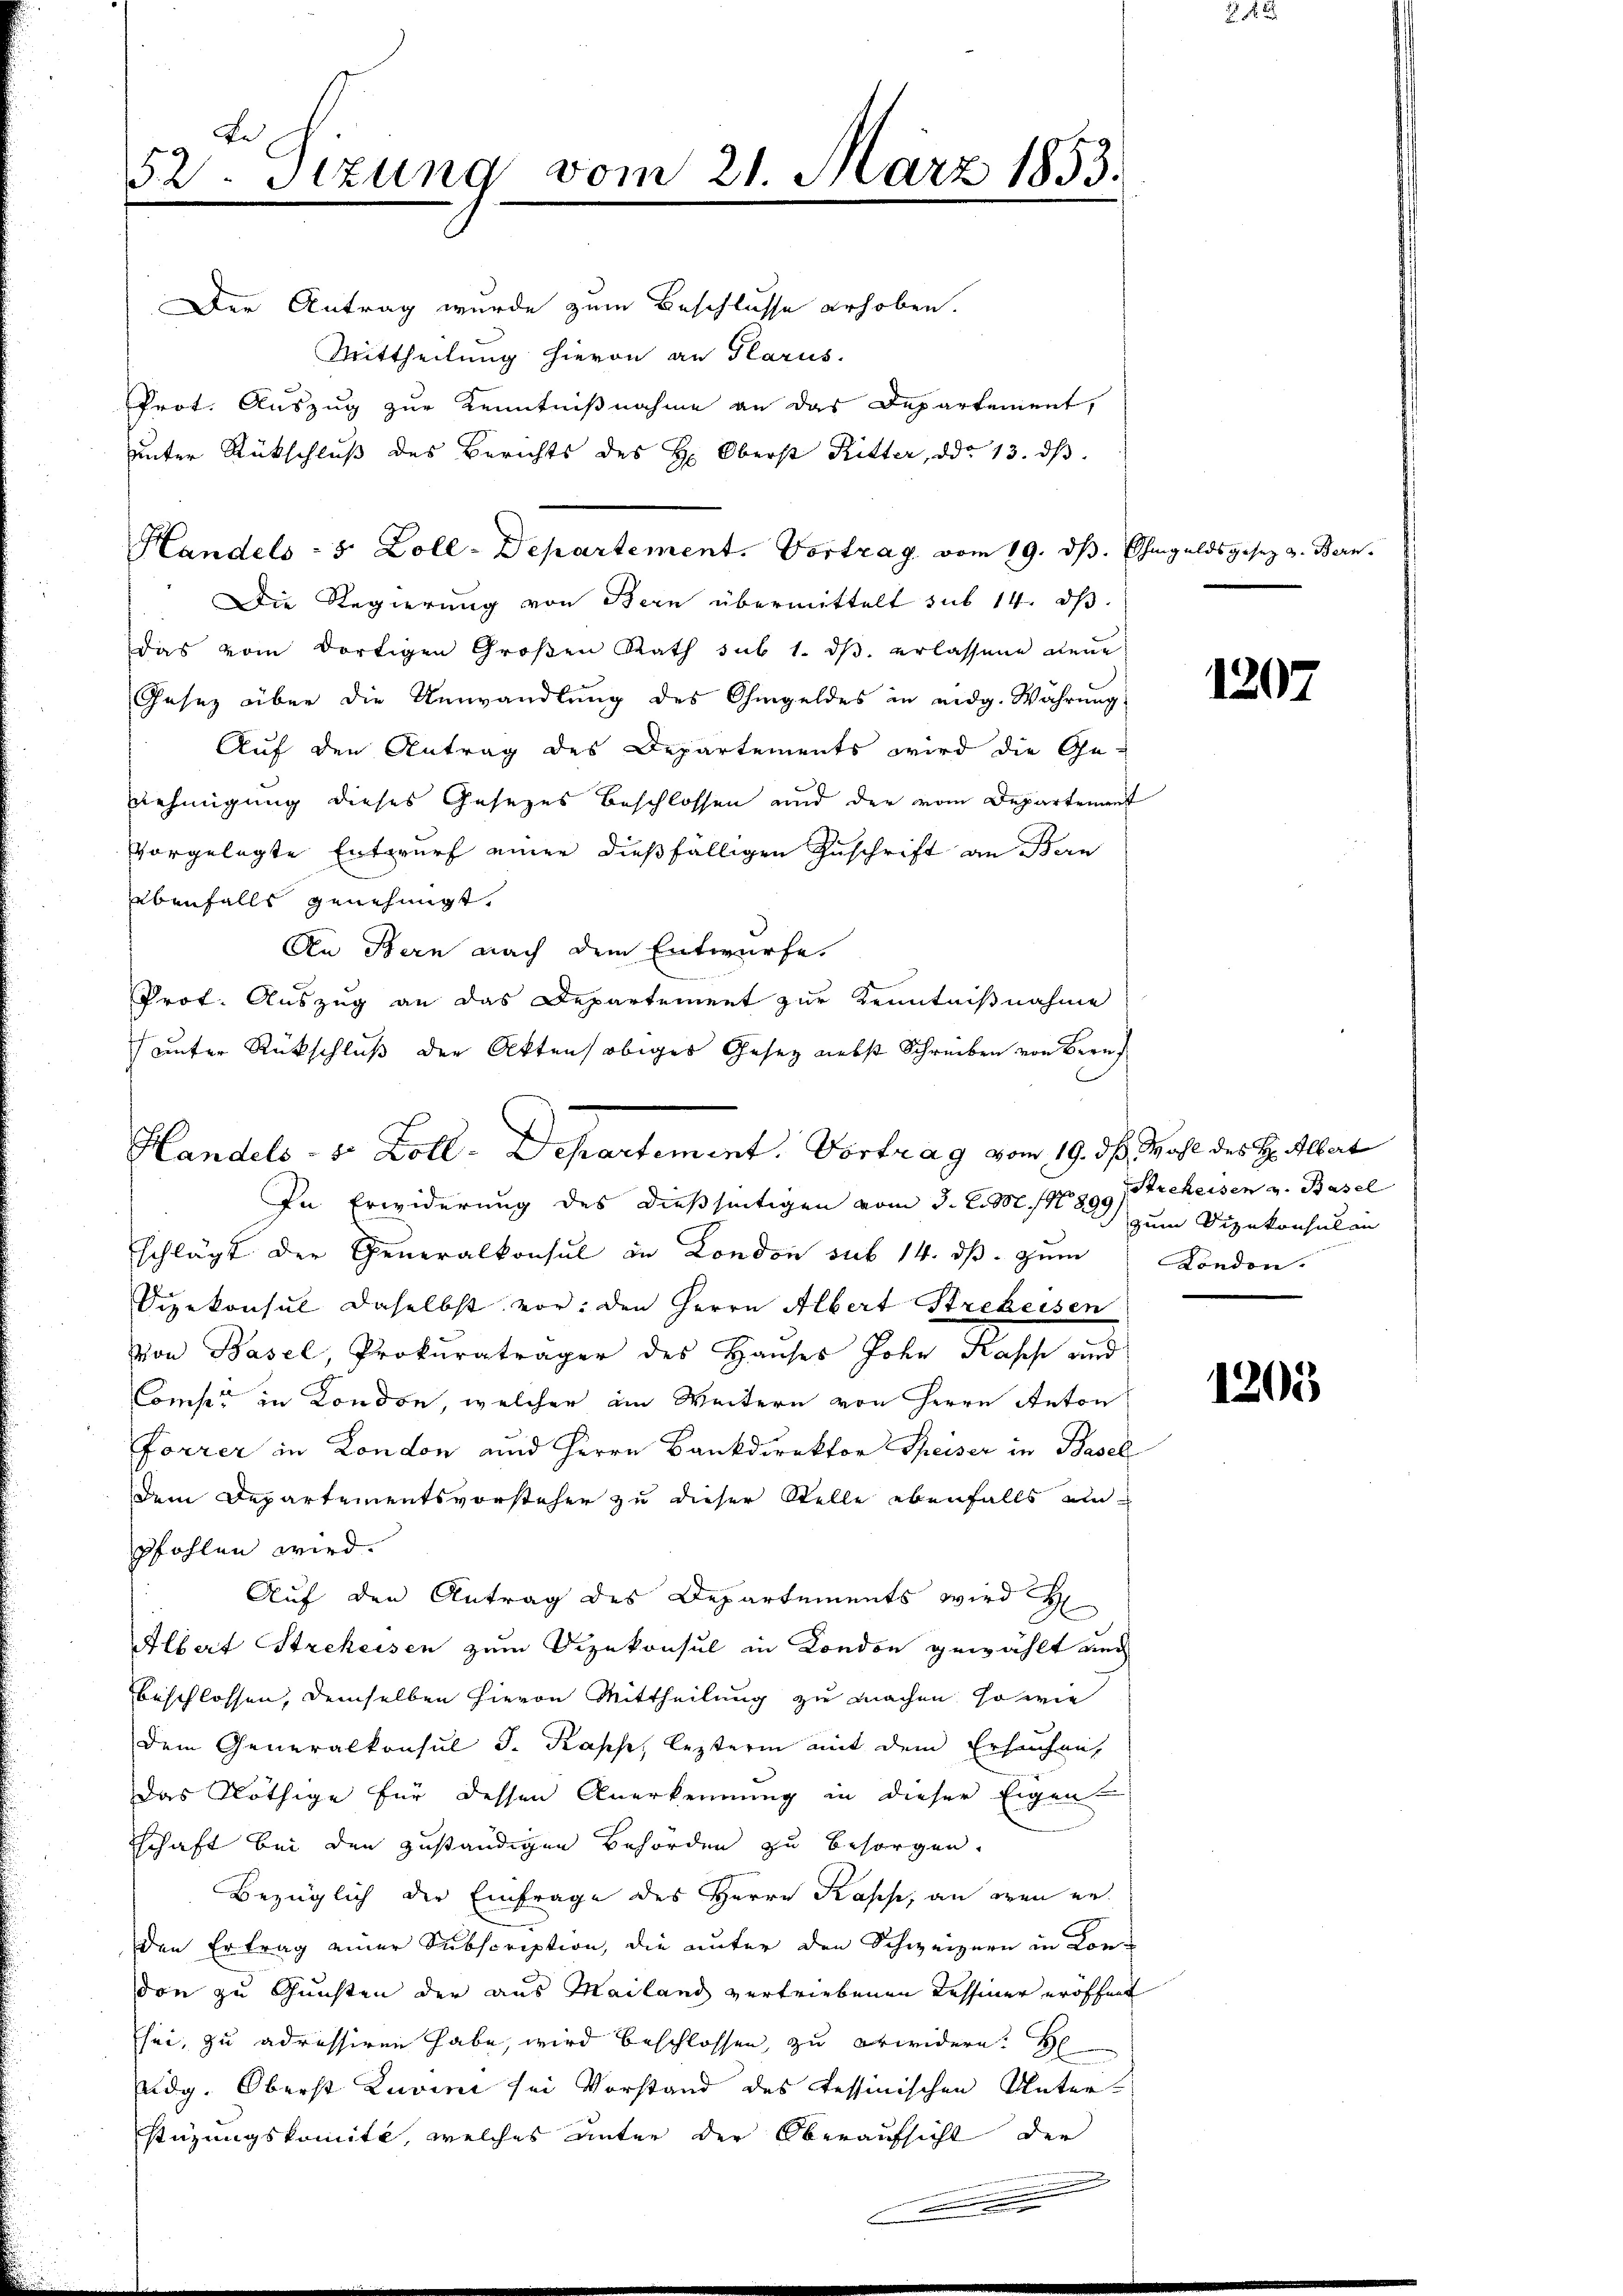
52. Sizung vom 21. März 1853.

Der Antrag wurde zum Beschlusse erhoben.
Mittheilung hievon an Glarus.
Prot. Auszug zur Kenntnißnahme an das Departement,
uunter Rückschluß des Berichts des H: Oberst Ritter, ddo 13. dβ
Handels - 5 Zoll-Departement. Vortrag vom 19. dβ. Ohmgeldsgesez z. Bern.
Die Regierung von Bern übermittelt sub 14. ds
das vom dortigen Groβen Rath sub 1. dβ. erlassene neue
Gesetz über die Umwandlung des Ohmgeldes in eidg. Währung
Auf den Antrag des Departements wird die Ge-
nehmigung dieses Gesezes beschlossen und der vom Departement
vorgelegte Entwurf einer dießfälligen Zuschrift an Bern
Übenfalls genehmigt.
An Bern nach dem Entwurfe.
Prof. Auszug an das Departement zur Kenntnißnahme
unter Rückschluß der Akten obiges Gesetz nebst Schreiben von Beruf

Handels- u. Zoll-Departement. Vortrag vom 19. ds. Wahl des Hr. Albert

In Erwiderung des dießseitigen vom 3. J. M. No 899. Strekeisen v. Basel
schlägt der Generalkonsul in London sub 14. dβ zŭm Kondon.
Sizekonsul daselbst vor, den Herrn Albert Strekeisen
von Basel, Prokuraträger des Hauses Johe Kapp und
Comp. in Kondon, welcher im Weitern von Herrn Anton
Forrer in London und Herrn Bankdirektor Speiser in Basel
Dem Departementsvorsteher zu dieser Stelle ebenfalls ein
pfohlen wird.
Auf den Antrag des Departements wird H
Albert Strekeisen zum Vizekonsul in Condon gewählt auch
beschlossen, demselben hievon Mittheilung zu machen, so wie
dem Generalkonsul d. Kasche, lezterm mit dem Ersuchens
Das Nöthige für dessen Anerkennung in dieser Eigen
schaft bei den zuständigen Behörden zu besorgen.
Bezüglich der Einfrage des Herrn Kasse, an den erden Ertrag einer Subscription, die unter den Schweizern in Kon-
don zu Gunsten der aus Mailand vertriebenen Tessiner eröffnet
sei, zu adressiren habe, wird beschlossen, zu erwidern. H
Eidg. Oberst Zuvini sei Vorstand des Tessinischen Unter-
stüzungskomite, welches unter der Oberaufsicht der
.

1207

zum Vizekonsulan

1205